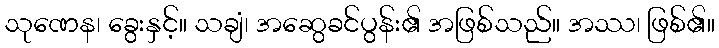
သုဏေန၊ ခွေးနှင့်။ သချံ၊ အဆွေခင်ပွန်း၏ အဖြစ်သည်။ အဿ၊ ဖြစ်၏။